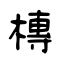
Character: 槫